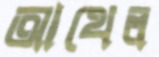
আথেল